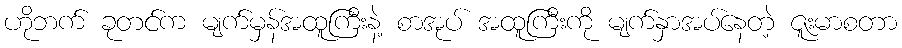
ဟိုဘက် ခုတင်က မျက်မှန်အထူကြီးနဲ့ စာအုပ် အထူကြီးကို မျက်နှာအပ်နေတဲ့ ဇူးမာစတာ